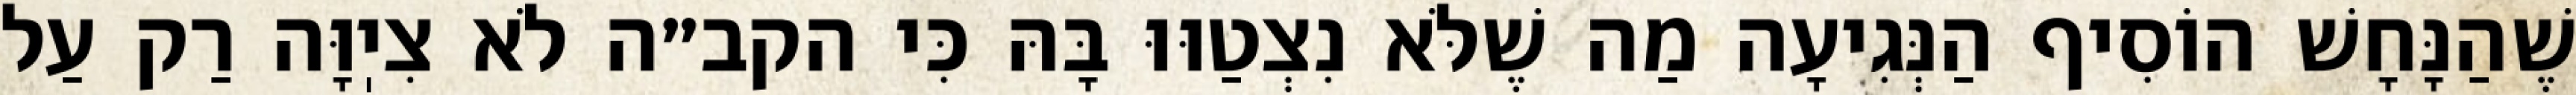
שֶׁהַנָּחָשׁ הוֹסִיף הַנְּגִיעָה מַה שֶׁלֹּא נִצְטַוּוּ בָּהּ כִּי הקב״ה לֹא צִיֽוָּה רַק עַל